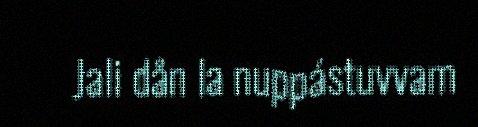
Jali dån la nuppástuvvam